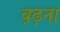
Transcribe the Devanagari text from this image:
ब़ढ़ना